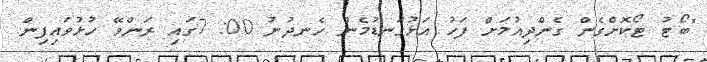
"ބޯޓު ޓޯކޮށްގެން ގެންދިއުމަށް ފަހު އަޅުގަނޑުމެން ހެނދުނު 00: 7ގައި ރަންވޭ ހުޅުވައިފިން.